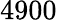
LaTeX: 4900